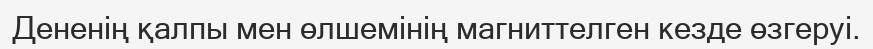
Дененің қалпы мен өлшемінің магниттелген кезде өзгеруі.